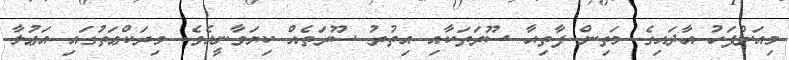
މިއަށްފަހު އާދައިގެ މަތިން ފާތިޙާ ސޫރަތަކާއި އިތުރު ސޫރަތެއް ކިޔަވާނީއެވެ. މިރަކްޢަތުގައި އަޢުލާ